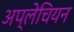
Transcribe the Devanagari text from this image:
अप्लेचियन